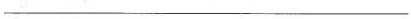
___